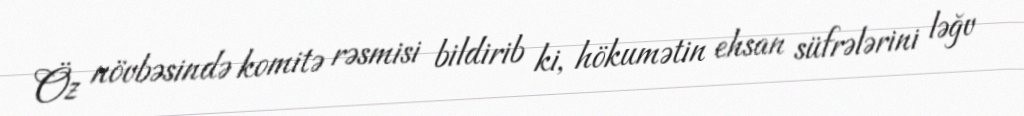
Öz növbəsində komitə rəsmisi bildirib ki, hökumətin ehsan süfrələrini ləğv